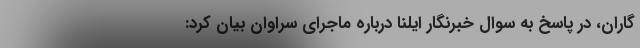
گاران، در پاسخ به سوال خبرنگار ایلنا درباره ماجرای سراوان بیان کرد: